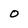
Character: o